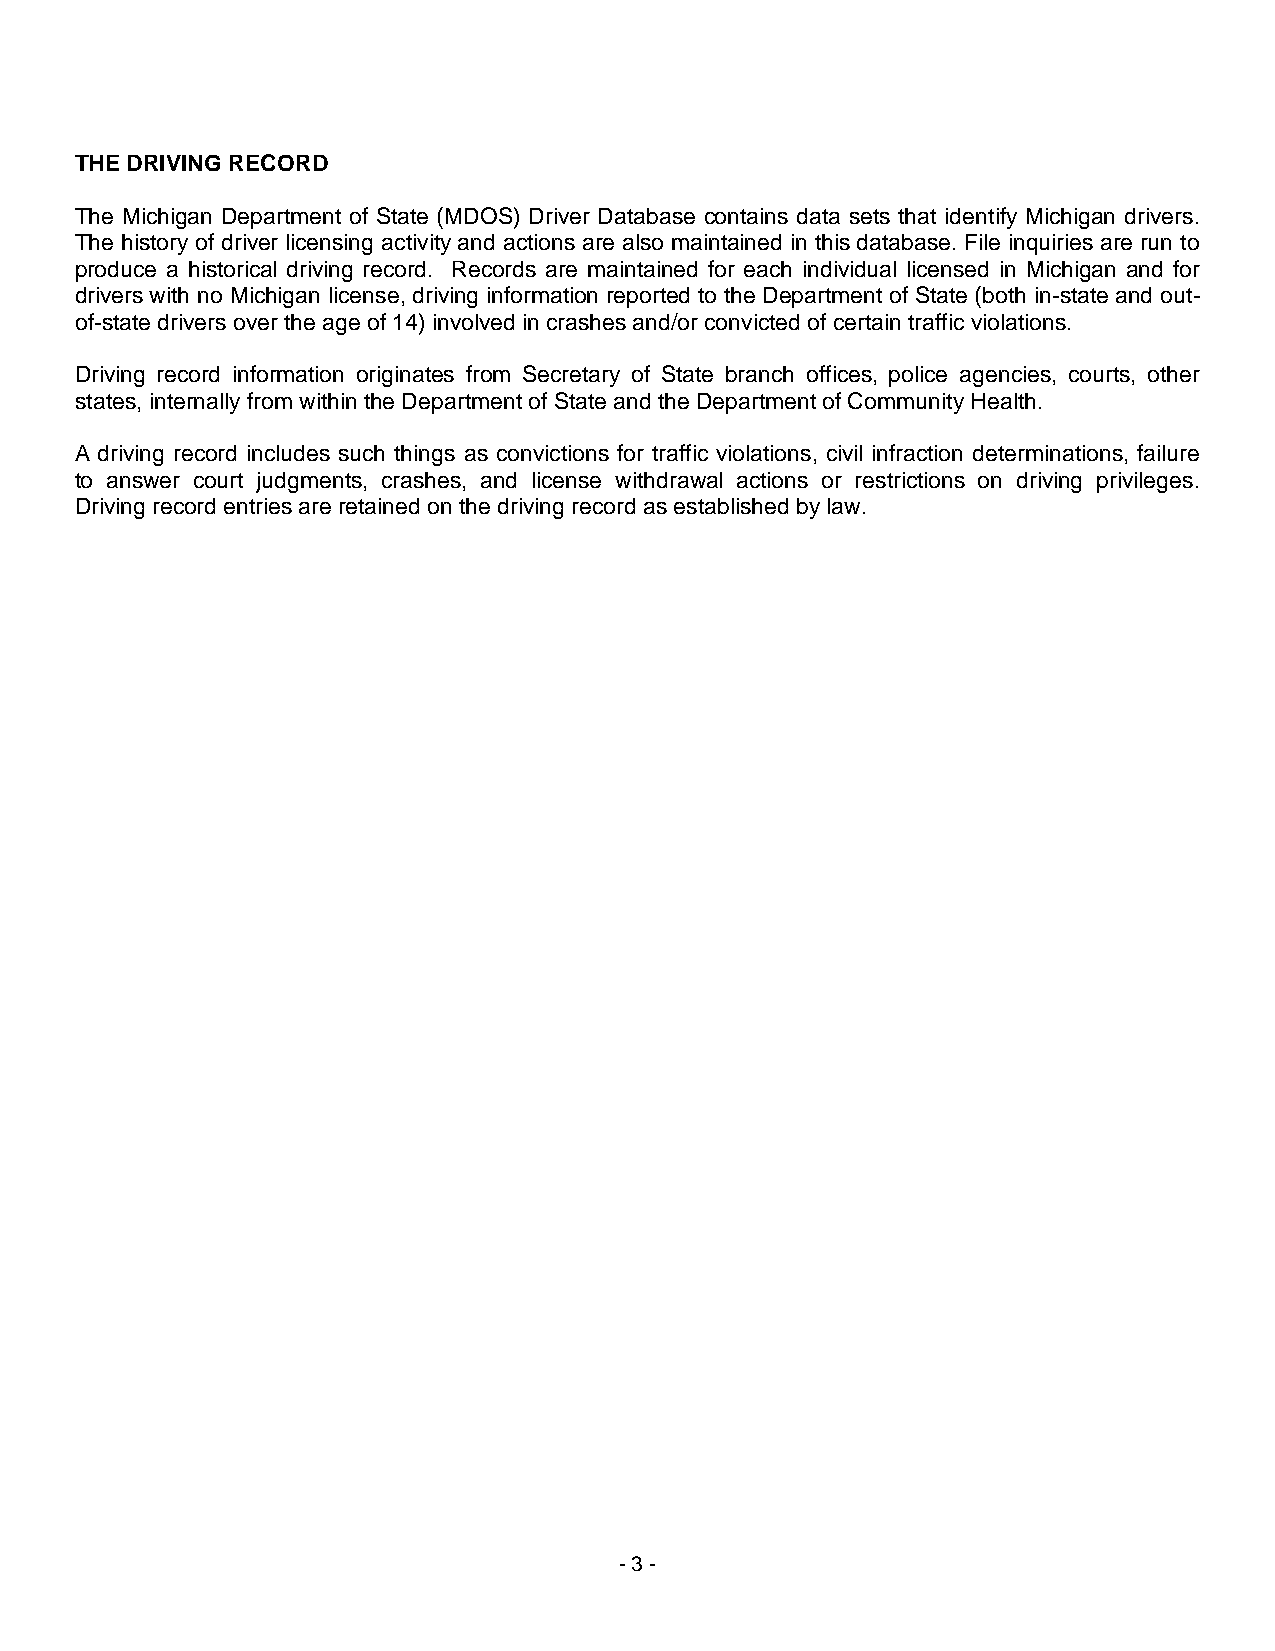
THE DRIVING RECORD
 The Michigan Department of State (MDOS) Driver Database contains data sets that identify Michigan drivers.
 The history of driver licensing activity and actions are also maintained in this database. File inquiries are run to
 produce a historical driving record. Records are maintained for each individual licensed in Michigan and for
 drivers with no Michigan license, driving information reported to the Department of State (both in-state and out-
 of-state drivers over the age of 14) involved in crashes and/or convicted of certain traffic violations.
 Driving record information originates from Secretary of State branch offices, police agencies, courts, other
 states, internally from within the Department of State and the Department of Community Health.
 A driving record includes such things as convictions for traffic violations, civil infraction determinations, failure
 to answer court judgments, crashes, and license withdrawal actions or restrictions on driving privileges.
 Driving record entries are retained on the driving record as established by law.
 - 3 -